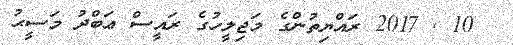
10